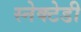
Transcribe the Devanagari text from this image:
स्नेक्टेडी